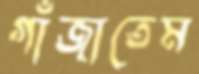
গাঁজাতেম